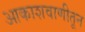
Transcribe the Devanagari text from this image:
आकाशवाणीतून